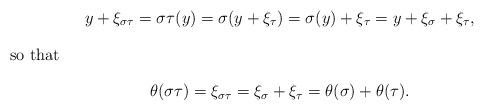
LaTeX: \begin{gather*}y+\xi_{\sigma\tau}=\sigma\tau(y)=\sigma(y+\xi_{\tau})=\sigma(y)+\xi_{\tau}=y+\xi_{\sigma}+\xi_{\tau},\\\intertext{so that}\theta(\sigma\tau)=\xi_{\sigma\tau}=\xi_{\sigma}+\xi_{\tau}=\theta(\sigma)+\theta(\tau).\end{gather*}